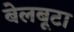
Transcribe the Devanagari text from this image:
बेलबूटा